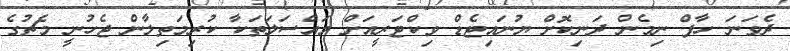
ދެވަނަ ހާފް ނިމެން ދަނިކޮށް ޔުނައިޓެޑް ވިކްޓަރީއަށް މައްސަލަތަކާ ކުރިމަތިލާން ޖެހުނީ މެޗުގެ